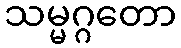
သမ္မဂ္ဂတော